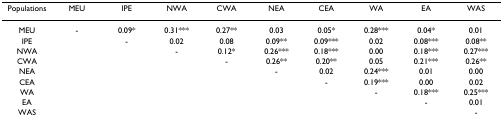
<table><thead><tr><td><b>Populations</b></td><td><b>MEU</b></td><td><b>IPE</b></td><td><b>NWA</b></td><td><b>CWA</b></td><td><b>NEA</b></td><td><b>CEA</b></td><td><b>WA</b></td><td><b>EA</b></td><td><b>WAS</b></td></tr></thead><tbody><tr><td>MEU</td><td>-</td><td>0.09*</td><td>0.31***</td><td>0.27**</td><td>0.03</td><td>0.05*</td><td>0.28***</td><td>0.04*</td><td>0.01</td></tr><tr><td>IPE</td><td></td><td>-</td><td>0.02</td><td>0.08</td><td>0.09**</td><td>0.09***</td><td>0.02</td><td>0.08***</td><td>0.08**</td></tr><tr><td>NWA</td><td></td><td></td><td>-</td><td>0.12*</td><td>0.26***</td><td>0.18***</td><td>0.00</td><td>0.18***</td><td>0.27***</td></tr><tr><td>CWA</td><td></td><td></td><td></td><td>-</td><td>0.26**</td><td>0.20**</td><td>0.05</td><td>0.21***</td><td>0.26**</td></tr><tr><td>NEA</td><td></td><td></td><td></td><td></td><td>-</td><td>0.02</td><td>0.24***</td><td>0.01</td><td>0.00</td></tr><tr><td>CEA</td><td></td><td></td><td></td><td></td><td></td><td>-</td><td>0.19***</td><td>0.00</td><td>0.02</td></tr><tr><td>WA</td><td></td><td></td><td></td><td></td><td></td><td></td><td>-</td><td>0.18***</td><td>0.25***</td></tr><tr><td>EA</td><td></td><td></td><td></td><td></td><td></td><td></td><td></td><td>-</td><td>0.01</td></tr><tr><td>WAS</td><td></td><td></td><td></td><td></td><td></td><td></td><td></td><td></td><td>-</td></tr></tbody></table>